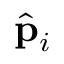
\hat { \bf p } _ { i }